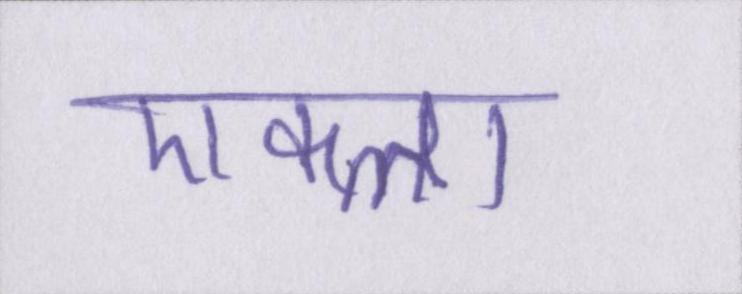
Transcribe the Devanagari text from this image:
एकला